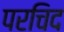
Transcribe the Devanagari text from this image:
परचिद